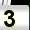
Digit: 3